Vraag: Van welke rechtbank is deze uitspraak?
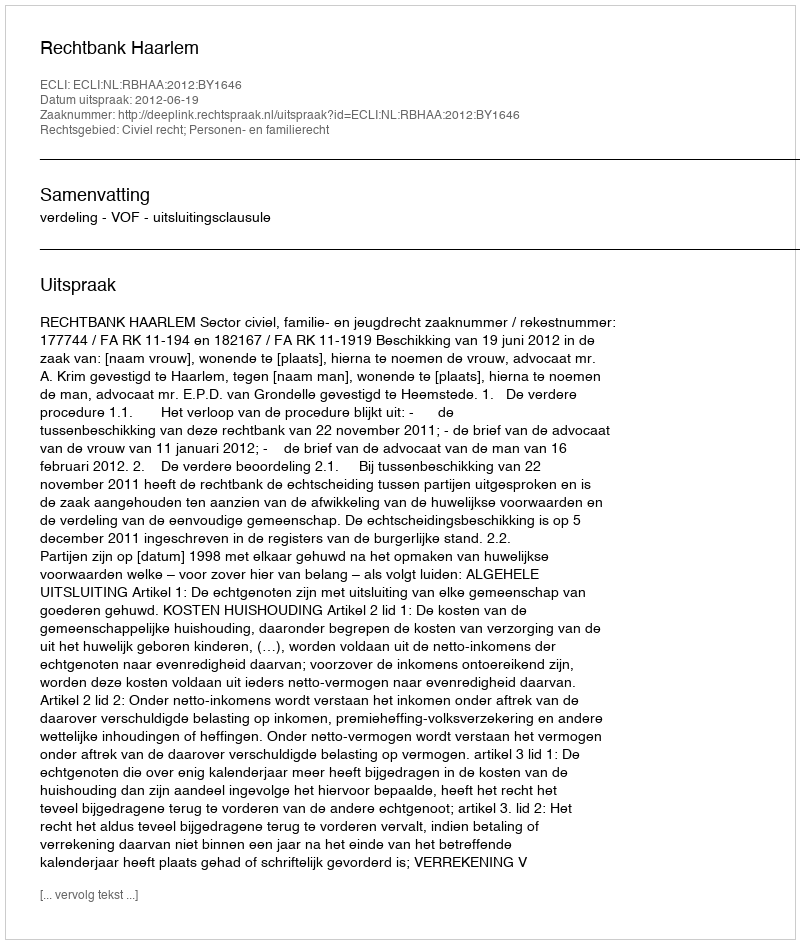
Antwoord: Rechtbank Haarlem